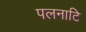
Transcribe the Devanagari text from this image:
पलनाटि